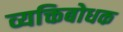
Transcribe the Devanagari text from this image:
व्यक्तिबोधक